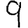
Digit: 9